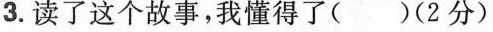
3.读了这个故事，我懂得了( )(2分)